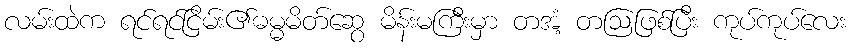
လမ်းထဲက ရင်ရင်ငြိမ်း၏ဓမ္မမိတ်ဆွေ မိန်းမကြီးမှာ တအံ့ တဩဖြစ်ပြီး ကုပ်ကုပ်လေး